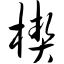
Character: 楔